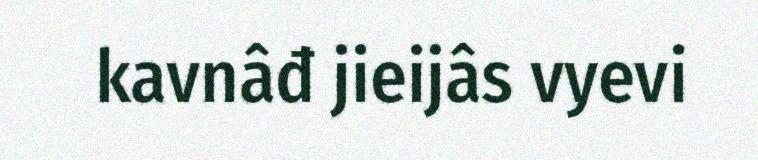
kavnâđ jieijâs vyevi